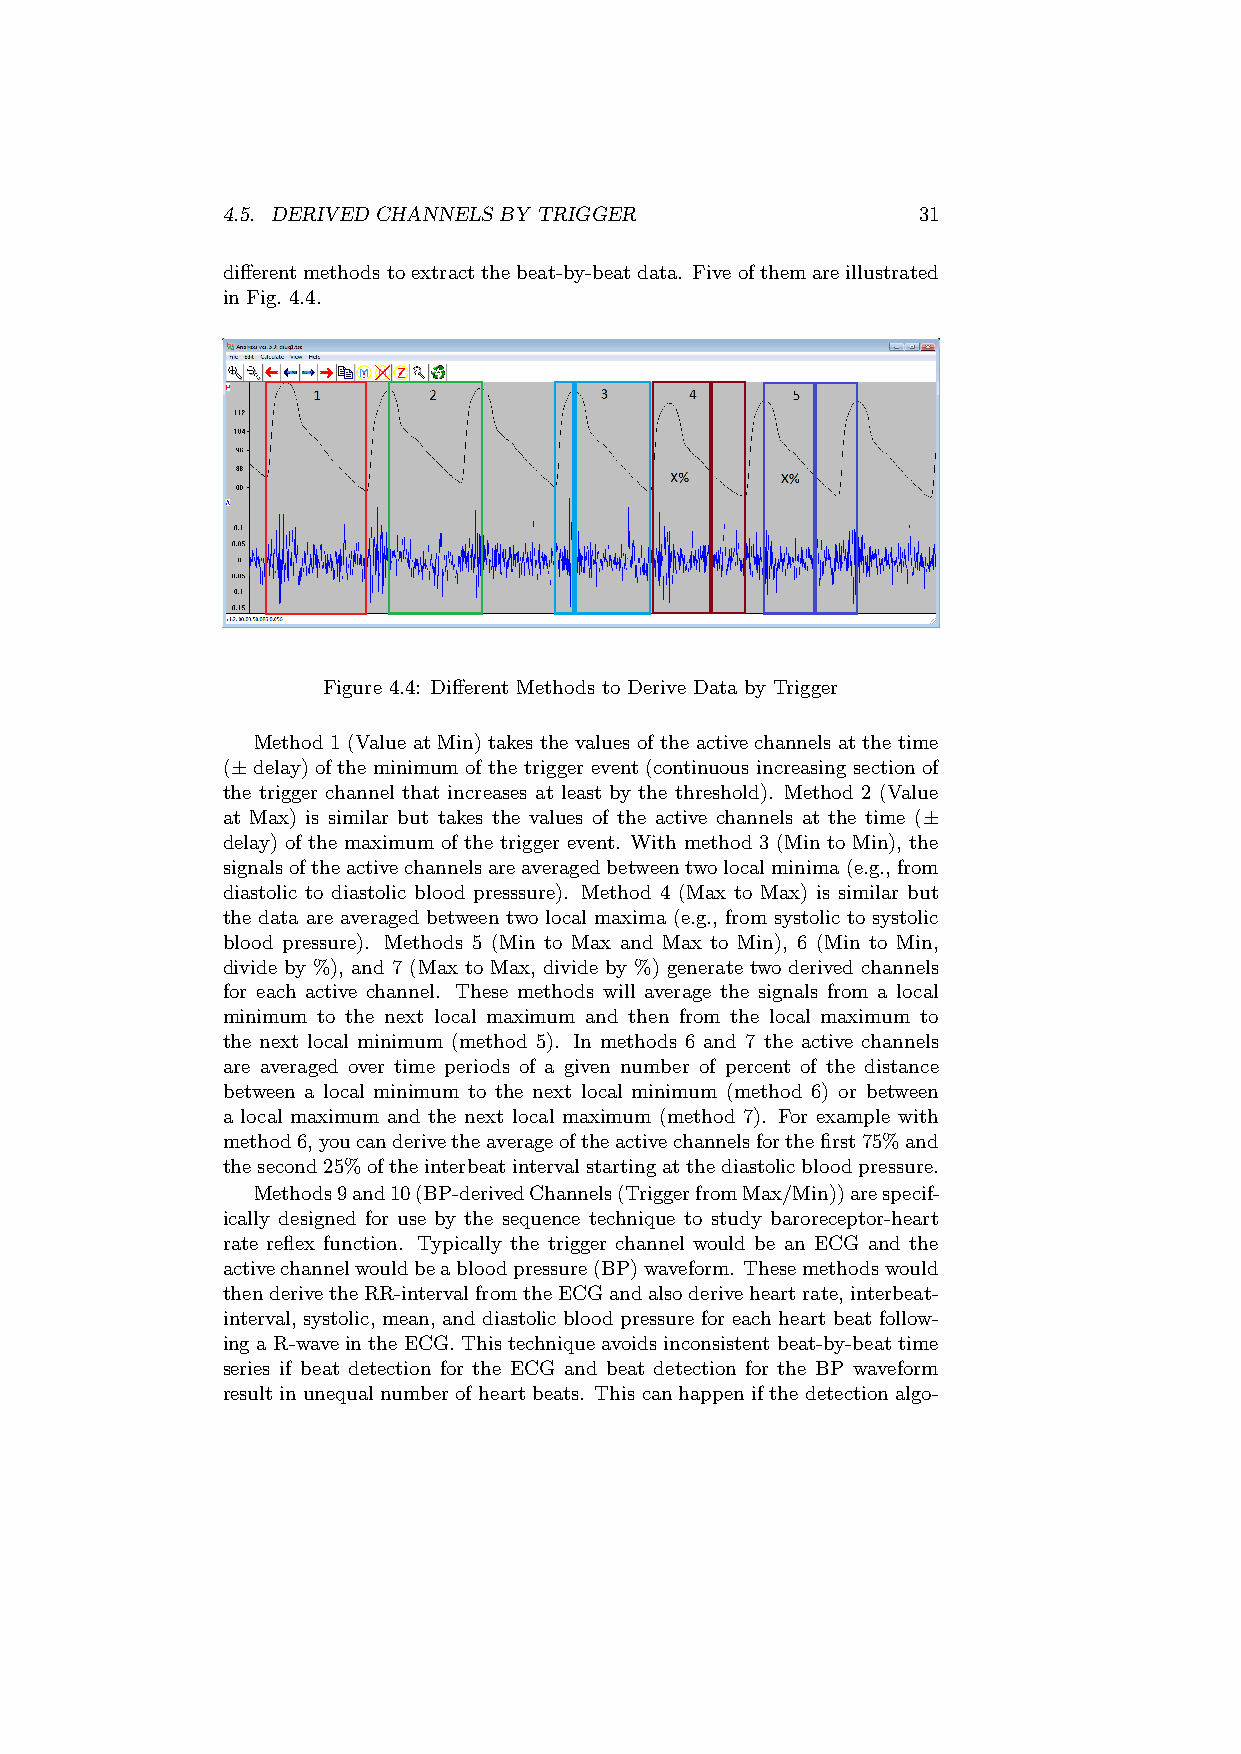
4.5. DERIVED CHANNELS BY TRIGGER              31
 differentmethodstoextractthebeat-by-beatdata. Fiveofthemareillustrated
 in Fig. 4.4.
 Figure 4.4: Different Methods to Derive Data by Trigger
 Method 1 (Value at Min) takes the values of the active channels at the time
 (± delay) of the minimum of the trigger event (continuous increasing section of
 the trigger channel that increases at least by the threshold). Method 2 (Value
 at Max) is similar but takes the values of the active channels at the time (±
 delay) of the maximum of the trigger event. With method 3 (Min to Min), the
 signalsoftheactivechannelsareaveragedbetweentwolocalminima(e.g.,from
 diastolic to diastolic blood presssure). Method 4 (Max to Max) is similar but
 the data are averaged between two local maxima (e.g., from systolic to systolic
 blood pressure). Methods 5 (Min to Max and Max to Min), 6 (Min to Min,
 divide by %), and 7 (Max to Max, divide by %) generate two derived channels
 for each active channel. These methods will average the signals from a local
 minimum to the next local maximum and then from the local maximum to
 the next local minimum (method 5). In methods 6 and 7 the active channels
 are averaged over time periods of a given number of percent of the distance
 between a local minimum to the next local minimum (method 6) or between
 a local maximum and the next local maximum (method 7). For example with
 method6,youcanderivetheaverageoftheactivechannelsforthefirst75%and
 thesecond25%oftheinterbeatintervalstartingatthediastolicbloodpressure.
 Methods9and10(BP-derivedChannels(TriggerfromMax/Min))arespecif-
 ically designed for use by the sequence technique to study baroreceptor-heart
 rate reflex function. Typically the trigger channel would be an ECG and the
 activechannelwouldbeabloodpressure(BP)waveform. Thesemethodswould
 thenderivetheRR-intervalfromtheECGandalsoderiveheartrate,interbeat-
 interval, systolic, mean, and diastolic blood pressure for each heart beat follow-
 ing a R-wave in the ECG. This technique avoids inconsistent beat-by-beat time
 series if beat detection for the ECG and beat detection for the BP waveform
 result in unequal number of heart beats. This can happen if the detection algo-